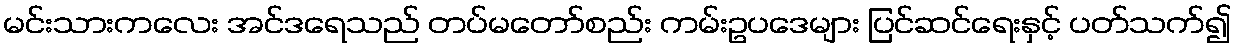
မင်းသားကလေး အင်ဒရေသည် တပ်မတော်စည်း ကမ်းဥပဒေများ ပြင်ဆင်ရေးနှင့် ပတ်သက်၍